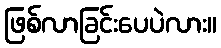
ဖြစ်လာခြင်းပေပဲလား။